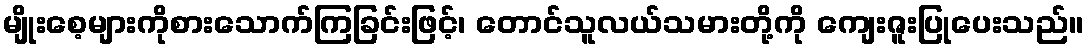
မျိုးစေ့များကိုစားသောက်ကြခြင်းဖြင့်၊ တောင်သူလယ်သမားတို့ကို ကျေးဇူးပြုပေးသည်။